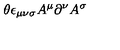
\theta \epsilon _ { \mu \nu \sigma } A ^ { \mu } \partial ^ { \nu } A ^ { \sigma }